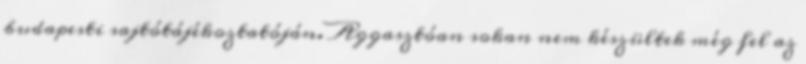
budapesti sajtótájékoztatóján. Aggasztóan sokan nem készültek még fel az